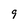
Character: 9